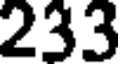
233